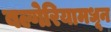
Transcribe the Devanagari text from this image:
बल्गेरियामधून